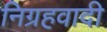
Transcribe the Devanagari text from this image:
निग्रहवादी